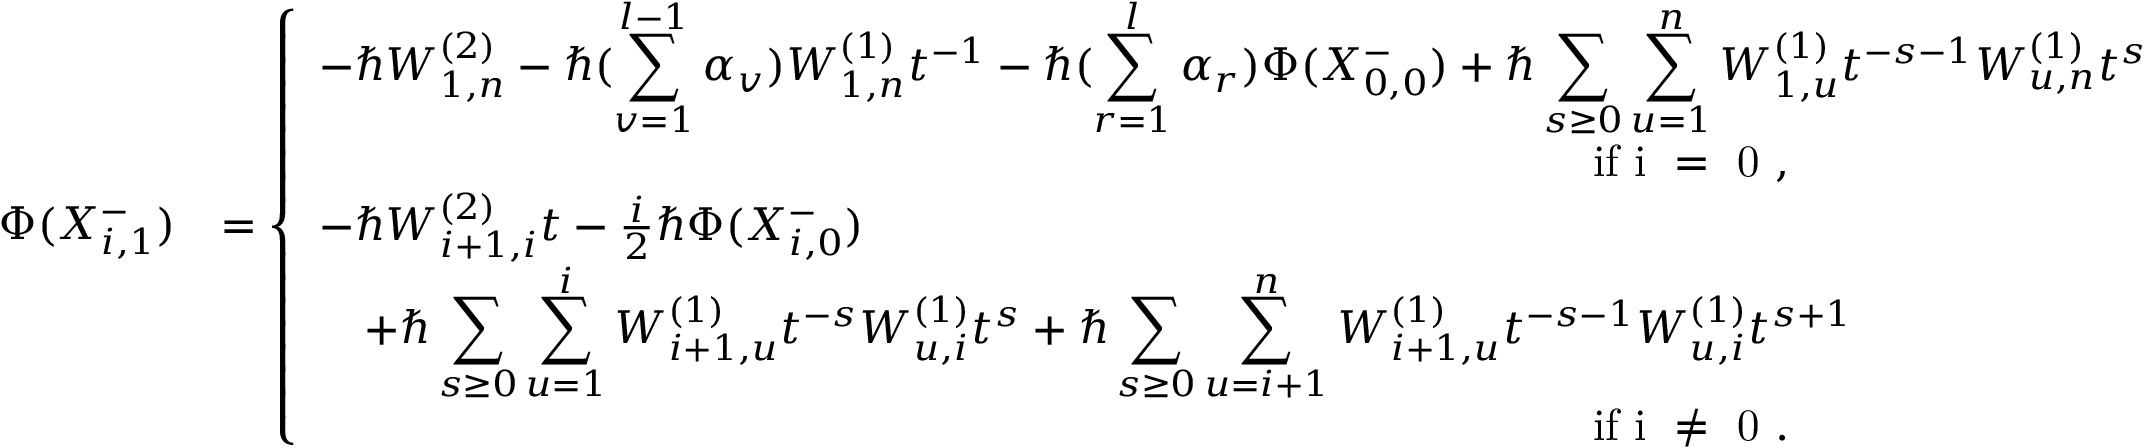
\begin{array} { r l } { \Phi ( X _ { i , 1 } ^ { - } ) } & { = \left\{ \begin{array} { l l } { - \hbar W _ { 1 , n } ^ { ( 2 ) } - \hbar ( \displaystyle \sum _ { v = 1 } ^ { l - 1 } \alpha _ { v } ) W _ { 1 , n } ^ { ( 1 ) } t ^ { - 1 } - \hbar ( \displaystyle \sum _ { r = 1 } ^ { l } \alpha _ { r } ) \Phi ( X _ { 0 , 0 } ^ { - } ) + \hbar \displaystyle \sum _ { s \geq 0 } \displaystyle \sum _ { u = 1 } ^ { n } W _ { 1 , u } ^ { ( 1 ) } t ^ { - s - 1 } W _ { u , n } ^ { ( 1 ) } t ^ { s } } \\ { \qquad \qquad \qquad \qquad \qquad \qquad \qquad \qquad \qquad \qquad \qquad \qquad \qquad \qquad \mathrm { ~ i f ~ i ~ = ~ 0 ~ } , } \\ { - \hbar W _ { i + 1 , i } ^ { ( 2 ) } t - \frac { i } { 2 } \hbar \Phi ( X _ { i , 0 } ^ { - } ) } \\ { \quad + \hbar \displaystyle \sum _ { s \geq 0 } \displaystyle \sum _ { u = 1 } ^ { i } W _ { i + 1 , u } ^ { ( 1 ) } t ^ { - s } W _ { u , i } ^ { ( 1 ) } t ^ { s } + \hbar \displaystyle \sum _ { s \geq 0 } \displaystyle \sum _ { u = i + 1 } ^ { n } W _ { i + 1 , u } ^ { ( 1 ) } t ^ { - s - 1 } W _ { u , i } ^ { ( 1 ) } t ^ { s + 1 } } \\ { \qquad \qquad \qquad \qquad \qquad \qquad \qquad \qquad \qquad \qquad \qquad \qquad \qquad \qquad \mathrm { ~ i f ~ i ~ \neq ~ 0 ~ } . } \end{array} \right. } \end{array}